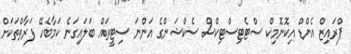
ޕްރައިޒް އެންޑް އިކޮނޮމިކް ސްޓެޓިސްޓިކްސް ސެކްޝަންގެ އަންނަ ސިޓީތައް ބަލައިގަނެ ކަމާބެހޭ ފަރާތްތަކަށް